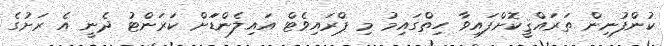
ކުންފުނިން ތަރައްޤީކޮށްފައިވާ ހިތްގައިމު މި ޕްރައިވެޓް އައިލެންޑަަށް ކަރަންޓު ދެނީ އެ ރަށުގެ